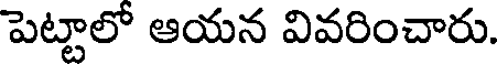
పెట్టాలో ఆయన వివరించారు.